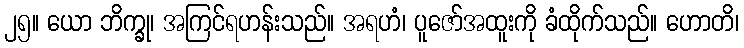
၂၅။ ယော ဘိက္ခု၊ အကြင်ရဟန်းသည်။ အရဟံ၊ ပူဇော်အထူးကို ခံထိုက်သည်။ ဟောတိ၊